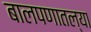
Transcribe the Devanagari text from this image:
बालपणातल्या